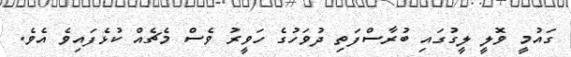
ގައުމީ ވޮލީ ލީގުގައި ބުރާސްފަތި ދުވަހުގެ ހަވީރު ވެސް މެޗެއް ކުޅެފައިވެ އެވެ.